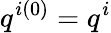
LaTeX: q^{i(0)}=q^{i}